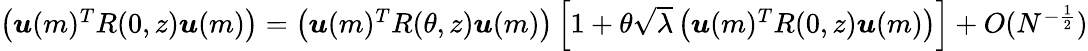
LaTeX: \begin{array}{r}{\left({\boldsymbol u}(m)^{T}R(0,z){\boldsymbol u}(m)\right)=\left({\boldsymbol u}(m)^{T}R(\theta,z){\boldsymbol u}(m)\right)\left[1+\theta\sqrt{\lambda}\left({\boldsymbol u}(m)^{T}R(0,z){\boldsymbol u}(m)\right)\right]+O(N^{-\frac{1}{2}})}\end{array}